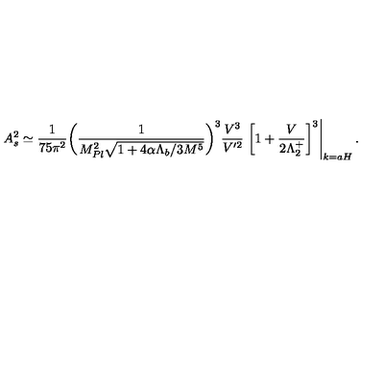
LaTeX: A _ { \sc s } ^ { 2 } \simeq \frac { 1 } { 7 5 \pi ^ { 2 } } \bigg ( \frac { 1 } { M _ { P l } ^ { 2 } \sqrt { 1 + 4 \alpha \Lambda _ { b } / 3 M ^ { 5 } } } \bigg ) ^ { 3 } { \frac { V ^ { 3 } } { V ^ { \prime 2 } } } \left. \left[ 1 + \frac { V } { 2 \Lambda _ { 2 } ^ { + } } \right] ^ { 3 } \right| _ { k = a H } .